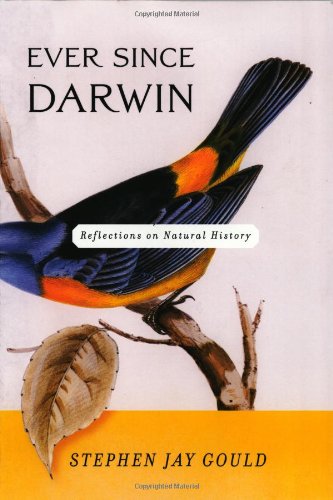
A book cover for Ever Since Darwin: Reflections in Natural History; Stephen Jay Gould; Science & Math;